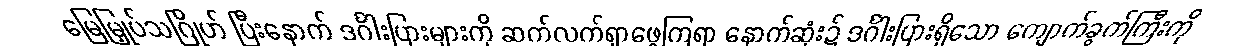
မြေမြှုပ်သဂြိုဟ် ပြီးနောက် ဒင်္ဂါးပြားများကို ဆက်လက်ရှာဖွေကြရာ နောက်ဆုံး၌ ဒင်္ဂါးပြားရှိသော ကျောက်ခွက်ကြီးကို